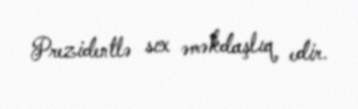
Prezidentlə sıx əməkdaşlıq edir.